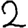
Digit: 2